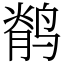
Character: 鹡